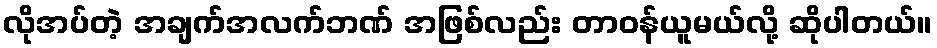
လိုအပ်တဲ့ အချက်အလက်ဘဏ် အဖြစ်လည်း တာဝန်ယူမယ်လို့ ဆိုပါတယ်။